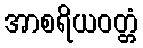
အာစရိယဝတ္တံ